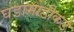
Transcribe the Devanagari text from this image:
घडामोडीकडे